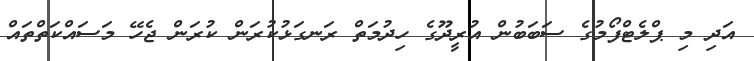
އަދި މި ޕްލެޓްފޯމުގެ ސަބަބުން އުރީދޫގެ ހިދުމަތް ރަނގަޅުކުރަން ކުރަން ޖެހޭ މަސައްކަތްތައް